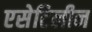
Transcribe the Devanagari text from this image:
एसेटिलीन